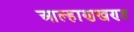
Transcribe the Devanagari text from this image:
आल्हाणखण्ड